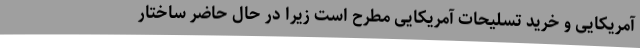
آمریکایی و خرید تسلیحات آمریکایی مطرح است زیرا در حال حاضر ساختار